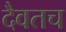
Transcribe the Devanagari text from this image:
दैवतच